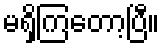
မရှိကြတော့ပြီ။